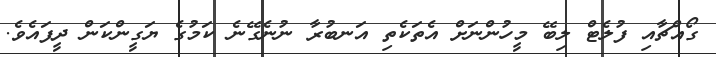
ގޯއްޗާއި ފުލެޓް ލިބޭ މީހުންނަށް އެތަކެތި އަނބުރާ ނުނެގޭނެ ކަމުގެ ޔަގީންކަން ދީފައެވެ.